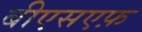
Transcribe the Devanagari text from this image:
बीएसएफ़